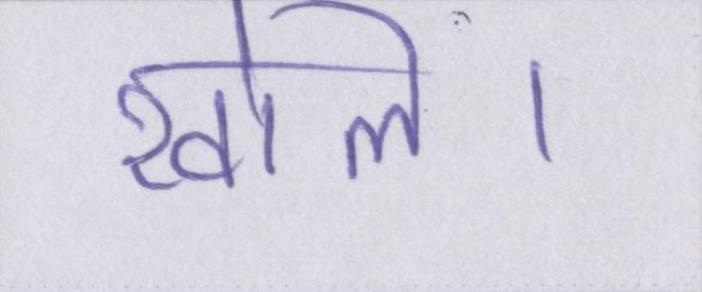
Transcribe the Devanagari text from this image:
खोले।